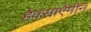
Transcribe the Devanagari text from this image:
हेक्साऐमीन